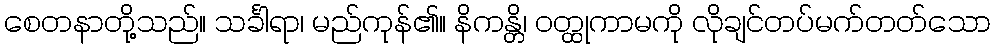
စေတနာတို့သည်။ သင်္ခါရာ၊ မည်ကုန်၏။ နိကန္တိ၊ ဝတ္ထုကာမကို လိုချင်တပ်မက်တတ်သော